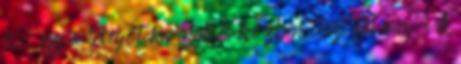
is; így a levegőt keringetés közben tisztítja meg. A